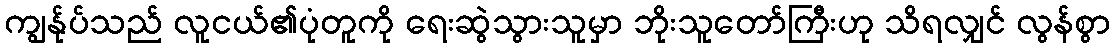
ကျွန်ုပ်သည် လူငယ်၏ပုံတူကို ရေးဆွဲသွားသူမှာ ဘိုးသူတော်ကြီးဟု သိရလျှင် လွန်စွာ